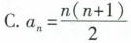
C.$$a_{n}= \frac{n(n+1)}{2}$$